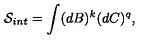
\mathcal { S } _ { i n t } = \int ( d B ) ^ { k } ( d C ) ^ { q } ,